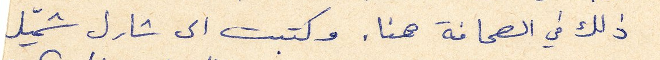
ذلك في الصحافة هنا. وكتبت الى شارل شميّل